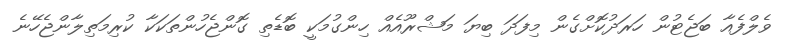
ވެލްފެއާ ބަޖެޓުން ހަރަދުކޮށްގެން މިފަދަ ބިޔަ މަޝްރޫއެއް ހިންގުމަކީ ބޮޑެތި ގޮންޖެހުންތަކަކާ ކުރިމަތިލާންޖެހޭނެ